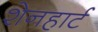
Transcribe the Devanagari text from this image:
शेनहार्ट